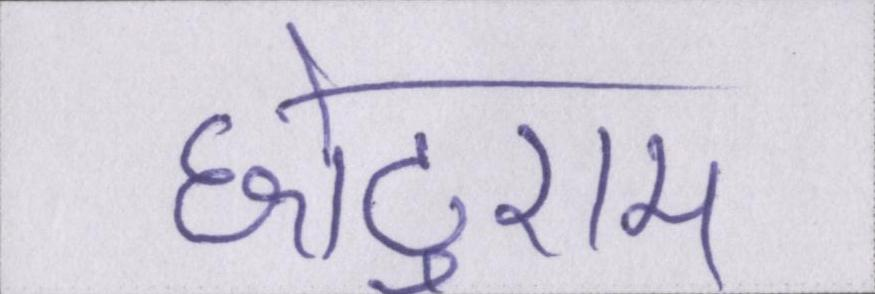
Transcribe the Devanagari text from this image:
छोटूराम